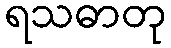
ရသဓာတု